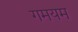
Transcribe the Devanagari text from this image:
गमयम